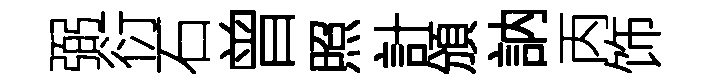
弼衍石曾照計頒訥丙饰